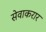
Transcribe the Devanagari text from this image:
सेवाकरार